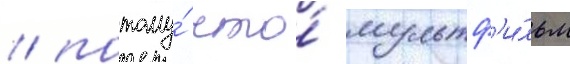
/ потому́ что́ мультф'и́льм